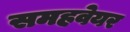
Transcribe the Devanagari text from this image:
समहवेयर